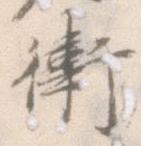
衛